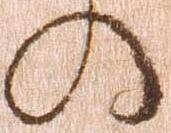
の